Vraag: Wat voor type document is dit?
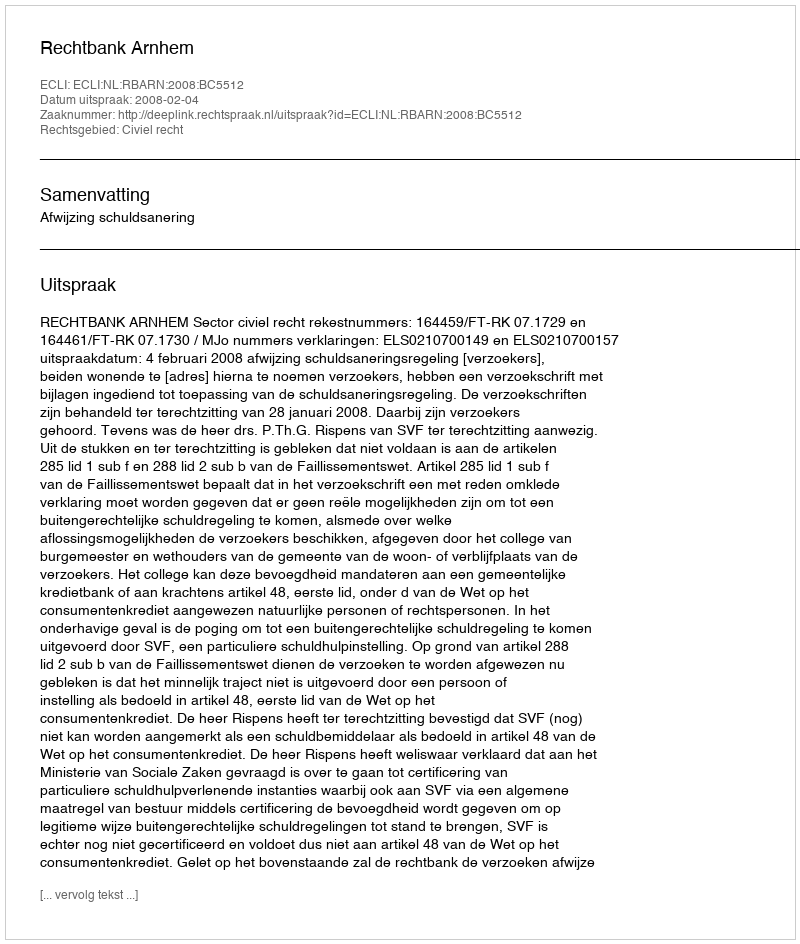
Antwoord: Uitspraak